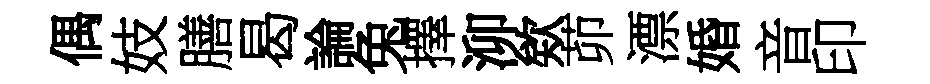
偶妓膳曷論兔擇泖欸茆漂婚音印